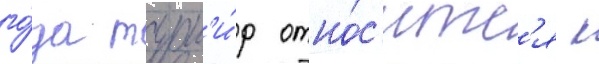
го́да турн'и́р отно́с'итс'я к